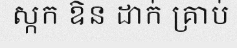
ស្កក ឱន ដាក់ គ្រាប់